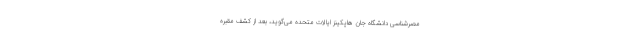
مصرشناسی دانشگاه جان هاپکینز ایالات متحده می‌گوید، بعد از کشف مقبره